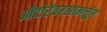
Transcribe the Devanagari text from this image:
ऑटोरेंवरसामलुंग